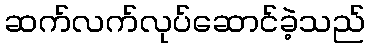
ဆက်လက်လုပ်ဆောင်ခဲ့သည်